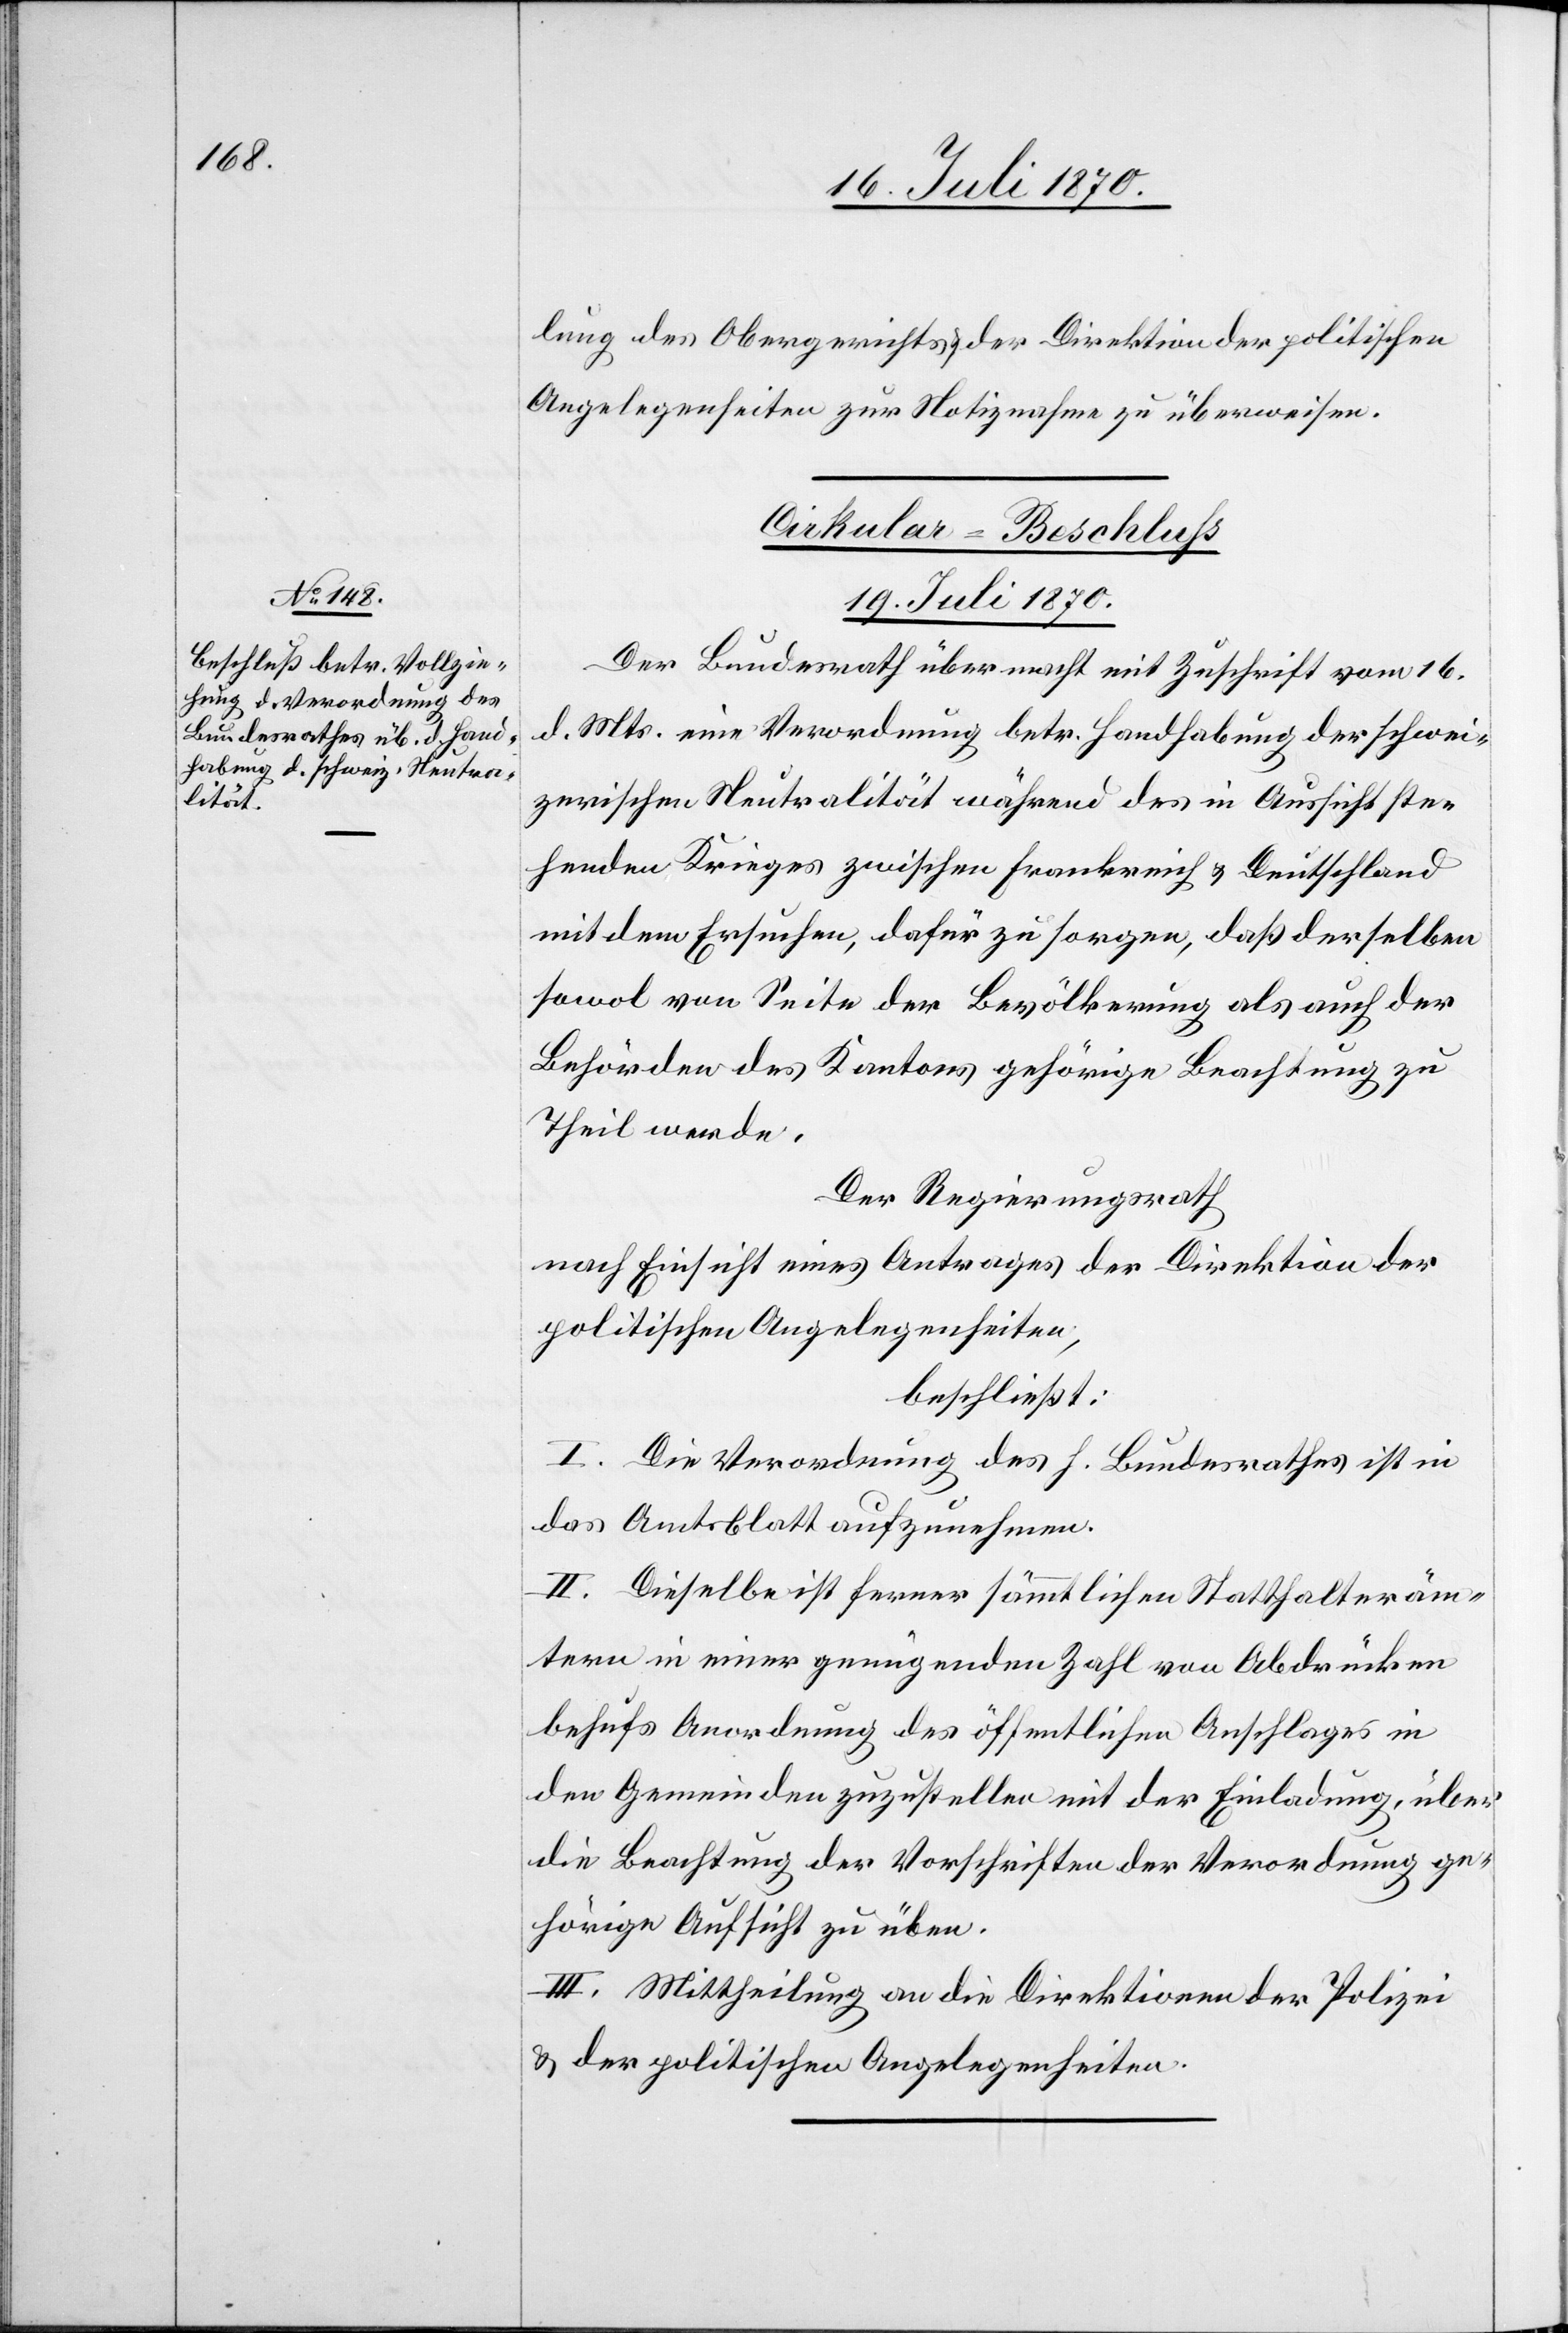
lung des Obergerichtes der Direktion der politischen
Angelegenheiten zur Notiznahme zu überweisen.
Cirkular-Beschluss
19. Juli 1870.
Der Bundesrath übermacht mit Zuschrift vom 16.
d. Mts. eine Verordnung betr. Handhabung der schwei¬
zerischen Neutralität während des in Aussicht ste¬
henden Krieges zwischen Frankreich & Deutschland
mit dem Ersuchen, dafür zu sorgen, daß derselben
sowol von Seite der Bevölkerung als auch der
Behörden des Kantons gehörige Beachtung zu
Theil werde.
Der Regierungsrath,
nach Einsicht eines Antrages der Direktion der
politischen Angelegenheiten,
beschließt:
I. Die Verordnung des h. Bundesrathes ist in
das Amtsblatt aufzunehmen.
II. Dieselbe ist ferner sämmtlichen Statthalteräm¬
tern in einer genügenden Zahl von Abdrücken
behufs Anordnung des öffentlichen Anschlages in
den Gemeinden zuzustellen mit der Einladung, über
die Beachtung der Vorschriften der Verordnung ge¬
hörige Aufsicht zu üben.
III. Mittheilung an die Direktionen der Polizei
& der politischen Angelegenheiten.